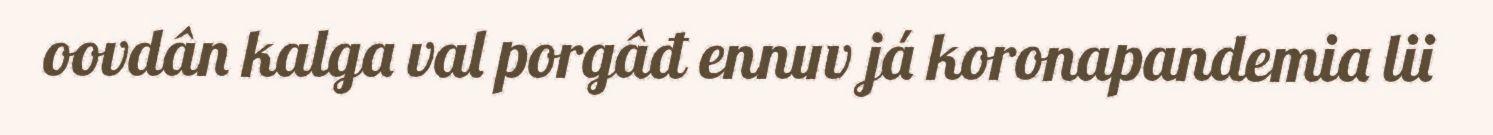
oovdân kalga val porgâđ ennuv já koronapandemia lii